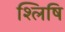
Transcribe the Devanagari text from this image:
श्लिषि